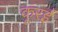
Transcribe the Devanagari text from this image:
कूरई